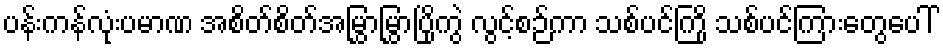
ပန်းကန်လုံးပမာဏ အစိတ်စိတ်အမြွှာမြွှာပြိုကွဲ လွင့်စဉ်ကာ သစ်ပင်ကြို သစ်ပင်ကြားတွေပေါ်